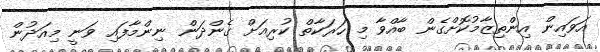
އަވައިން އިންތިޒާމުކޮށްގެން ބާއްވާ މި ހަރަކާތް ކުރިއަށް ގެންދަން ނިންމާފައި ވަނީ މިއަދުން